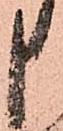
申